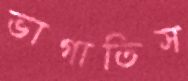
ভাগাতিস